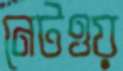
নেটওয়